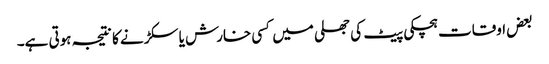
بعض اوقات ہچکی پیٹ کی جھلی میں کسی خارش یا سکڑنے کا نتیجہ ہوتی ہے۔